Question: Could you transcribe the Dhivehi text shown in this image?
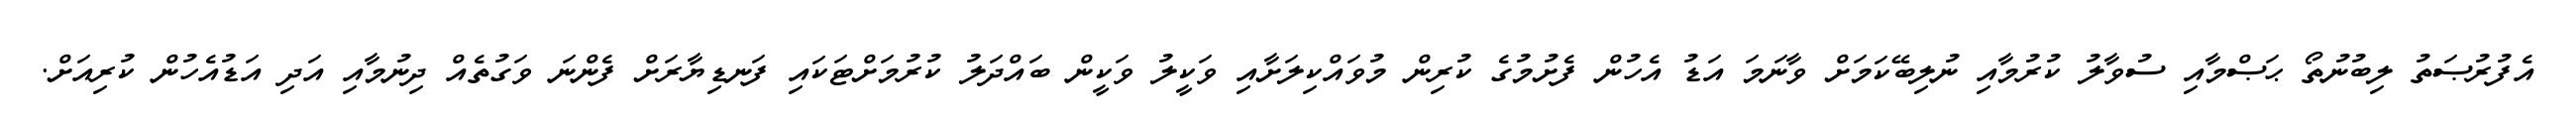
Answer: އެފުރުޞަތު ލިބުނުތޯ ޙަޞްމާއި ސުވާލު ކުރުމާއި ނުލިބޭކަމަށް ވާނަމަ އަޑު އެހުން ފެށުމުގެ ކުރިން މުވައްކިލަށާއި ވަކީލު ވަކީން ބައްދަލު ކުރުމަށްޓަކައި ފަނޑިޔާރަށް ފެންނަ ވަގުތެއް ދިނުމާއި އަދި އަޑުއެހުން ކުރިއަށް.